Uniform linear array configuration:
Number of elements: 48
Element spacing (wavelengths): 0.75
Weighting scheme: blackman
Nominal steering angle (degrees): -30
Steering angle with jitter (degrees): -31.73
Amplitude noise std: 0.05
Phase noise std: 0.05

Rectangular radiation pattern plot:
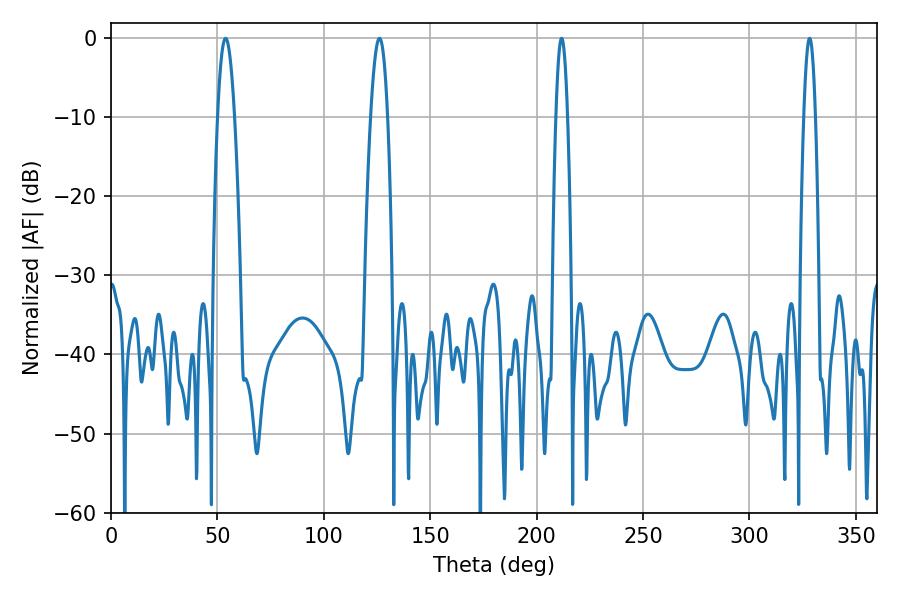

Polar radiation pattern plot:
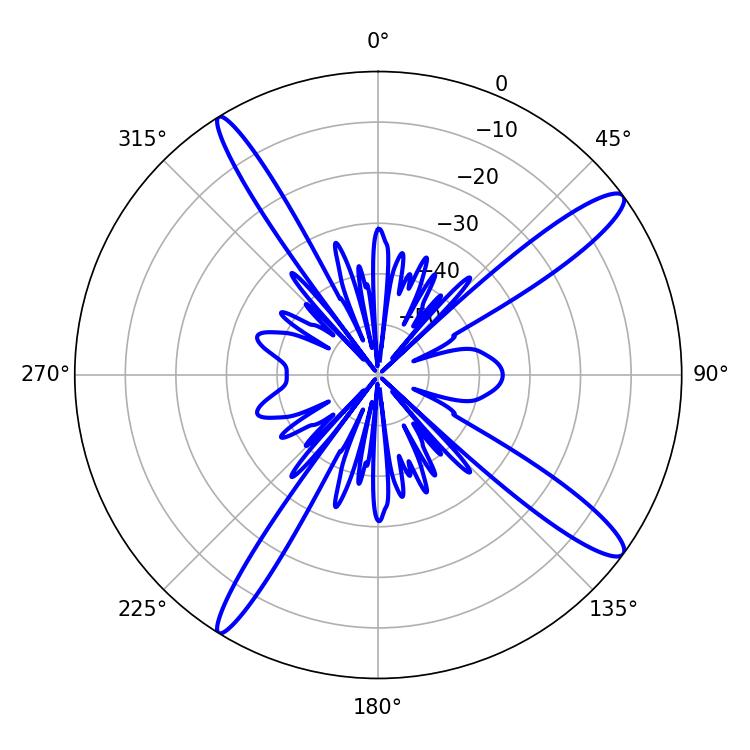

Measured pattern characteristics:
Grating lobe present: TRUE
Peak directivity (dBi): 14.341
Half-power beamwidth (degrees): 4.5
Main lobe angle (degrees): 53.82